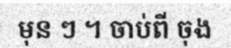
មុន ៗ ។ ចាប់ពី ចុង